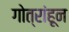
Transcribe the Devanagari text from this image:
गोत्रांहून